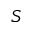
S